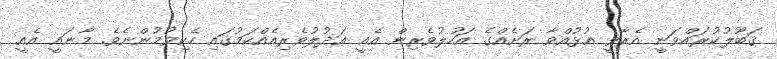
ޤަބޫލުކުރައްވަނީ އެރާވީ އުޅުއްވާ ރަށެއްގެ އަހުލުވެރިން އެއީ ޢަދުލުވެރިއެއްކަމުގައި ހެކިވުމުންނެވެ. މާނައީ އެއީ